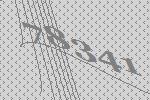
78341